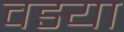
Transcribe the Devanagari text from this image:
वडया